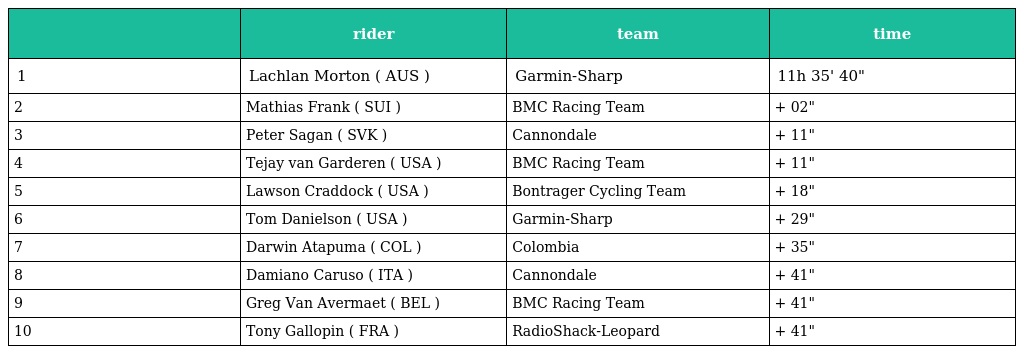
|  | rider | team | time |
 | --- | --- | --- | --- |
 | 1 | Lachlan Morton ( AUS ) | Garmin-Sharp | 11h 35' 40" |
 | 2 | Mathias Frank ( SUI ) | BMC Racing Team | + 02" |
 | 3 | Peter Sagan ( SVK ) | Cannondale | + 11" |
 | 4 | Tejay van Garderen ( USA ) | BMC Racing Team | + 11" |
 | 5 | Lawson Craddock ( USA ) | Bontrager Cycling Team | + 18" |
 | 6 | Tom Danielson ( USA ) | Garmin-Sharp | + 29" |
 | 7 | Darwin Atapuma ( COL ) | Colombia | + 35" |
 | 8 | Damiano Caruso ( ITA ) | Cannondale | + 41" |
 | 9 | Greg Van Avermaet ( BEL ) | BMC Racing Team | + 41" |
 | 10 | Tony Gallopin ( FRA ) | RadioShack-Leopard | + 41" |